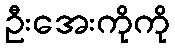
ဦးအေးကိုကို